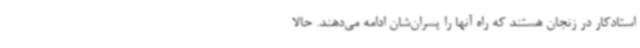
استادکار در زنجان هستند که راه آنها را پسران‌شان ادامه می‌دهند. حالا